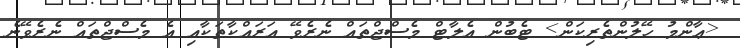
<ޢާންމު ހޭލުންތެރިކަން> ޓެބުން އެލާޓް މެސްޖްތައް ނެރެވޭ އަރައްކާތަކާއި އެ މެސްޖްތައް ނެރެވޭނެ